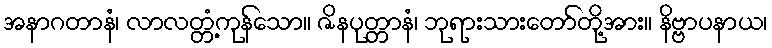
အနာဂတာနံ၊ လာလတ္တံ့ကုန်သော။ ဇိနပုတ္တာနံ၊ ဘုရားသားတော်တို့အား။ နိဗ္ဗာပနာယ၊